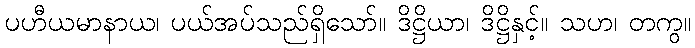
ပဟီယမာနာယ၊ ပယ်အပ်သည်ရှိသော်။ ဒိဋ္ဌိယာ၊ ဒိဋ္ဌိနှင့်။ သဟ၊ တကွ။